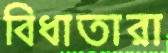
বিধাতারা